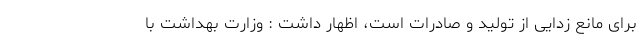
برای مانع زدایی از تولید و صادرات است، اظهار داشت : وزارت بهداشت با